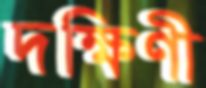
দক্ষিণী